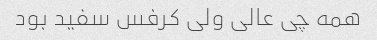
همه چی عالی ولی کرفس سفید بود